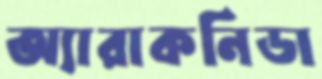
অ্যারাকনিডা